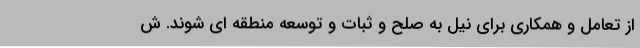
از تعامل و همکاری برای نیل به صلح و ثبات و توسعه منطقه ای شوند. ش